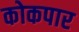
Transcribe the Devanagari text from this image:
कोकपार